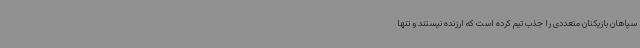
سپاهان بازیکنان متعددی را جذب تیم کرده است که ارزنده نیستند و تنها